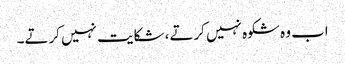
اب وہ شکوہ نہیں کرتے، شکایت نہیں کرتے۔